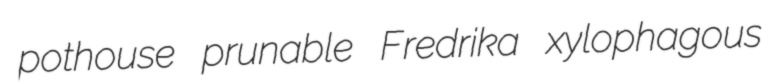
pothouse prunable Fredrika xylophagous